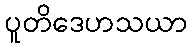
ပူတိဒေဟသယာ